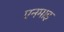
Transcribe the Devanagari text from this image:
एनमाइ